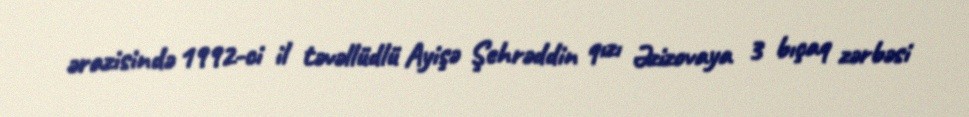
ərazisində 1992-ci il təvəllüdlü Ayişə Şehrəddin qızı Əzizovaya 3 bıçaq zərbəsi